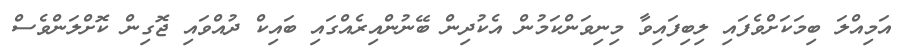
އަމިއްލަ ބިމަކަށްވެފައި ލިބިފައިވާ މިނިވަންކަމުން އެކުދިން ބޭނުންއިރެއްގައި ބައިކް ދުއްވައި ޖޮގިން ކޮށްލަންވެސް